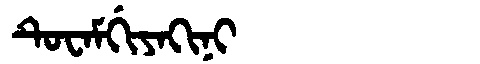
Manchu: ᡨᡠᠸᠠᠮᡤᡳᠶᠠᡴᡳᠨᡳ
Romanization: TUWAMGIYAKINI